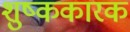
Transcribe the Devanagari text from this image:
शुष्ककारक